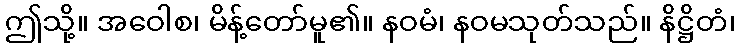
ဤသို့။ အဝေါစ၊ မိန့်တော်မူ၏။ နဝမံ၊ နဝမသုတ်သည်။ နိဋ္ဌိတံ၊